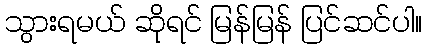
သွားရမယ် ဆိုရင် မြန်မြန် ပြင်ဆင်ပါ။